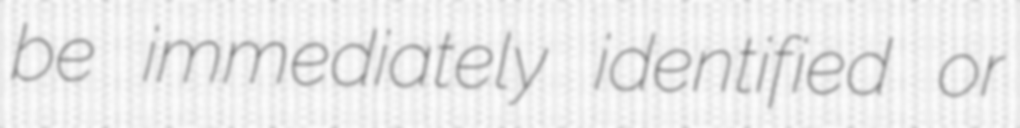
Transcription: be immediately identified or